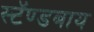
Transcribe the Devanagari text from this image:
स्टॅण्डबाय